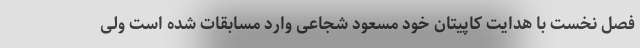
فصل نخست با هدایت کاپیتان خود مسعود شجاعی وارد مسابقات شده است ولی